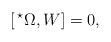
LaTeX: \begin{align*}[ \,^\star \Omega, W ] = 0,\end{align*}